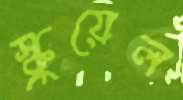
স্কুয়েল